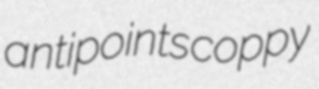
antipoints coppy